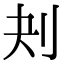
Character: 刔